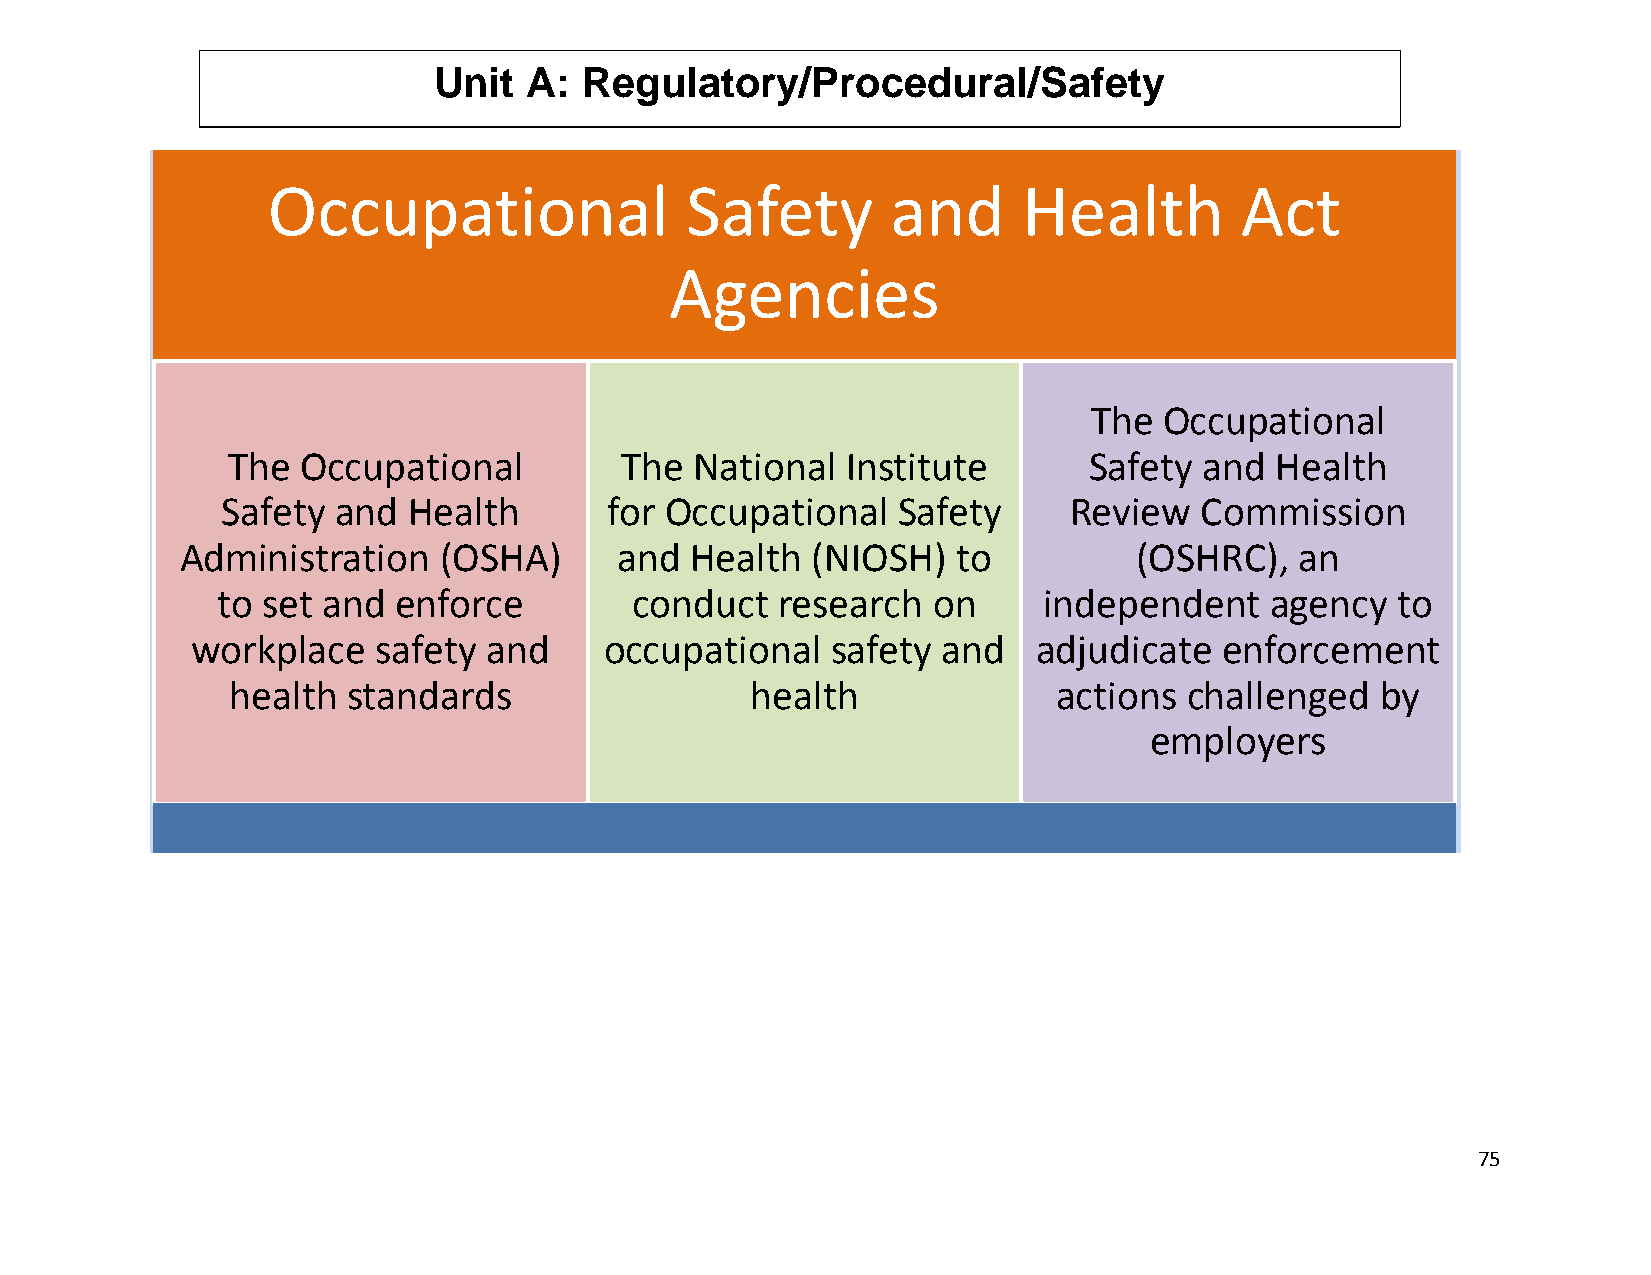
Unit  A:  Regulatory/Procedural/Safety
 Occupational               Safety        and      Health        Act
 Agencies
 The  Occupational
 The  Occupational         The  National  Institute       Safety  and Health
 Safety and  Health       for Occupational   Safety      Review  Commission
 Administration   (OSHA)      and  Health  (NIOSH)  to          (OSHRC),   an
 to set and  enforce         conduct  research   on     independent    agency  to
 workplace   safety and     occupational   safety and    adjudicate  enforcement
 health  standards                  health              actions  challenged  by
 employers
 75